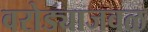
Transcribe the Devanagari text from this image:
वरोड्याजवळ